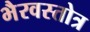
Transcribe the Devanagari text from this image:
भैरवस्तोत्र